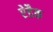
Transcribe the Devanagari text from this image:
ऐडैक